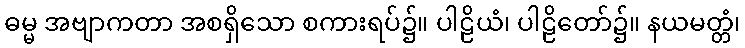
ဓမ္မ အဗျာကတာ အစရှိသော စကားရပ်၌။ ပါဠိယံ၊ ပါဠိတော်၌။ နယမတ္တံ၊